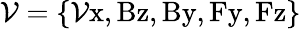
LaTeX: \mathcal{V}=\{ \mathrm{{\mathcal{V}x,Bz,By,Fy,Fz}}\}